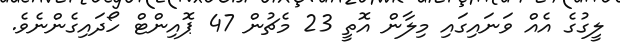
ލީގުގެ އެއް ވަނައިގައި މިލާން އޮތީ 23 މެޗުން 47 ޕޮއިންޓް ހޯދައިގެންނެވެ.